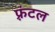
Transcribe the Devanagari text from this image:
फ़्रंटल